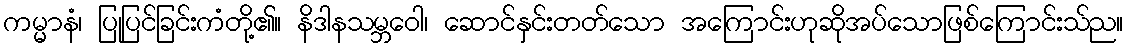
ကမ္မာနံ၊ ပြုပြင်ခြင်းကံတို့၏။ နိဒါနသမ္ဘဝေါ၊ ဆောင်နှင်းတတ်သော အကြောင်းဟုဆိုအပ်သောဖြစ်ကြောင်းသ်ည။